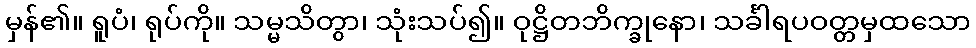
မှန်၏။ ရူပံ၊ ရုပ်ကို။ သမ္မသိတွာ၊ သုံးသပ်၍။ ဝုဋ္ဌိတဘိက္ခုနော၊ သင်္ခါရပဝတ္တမှထသော